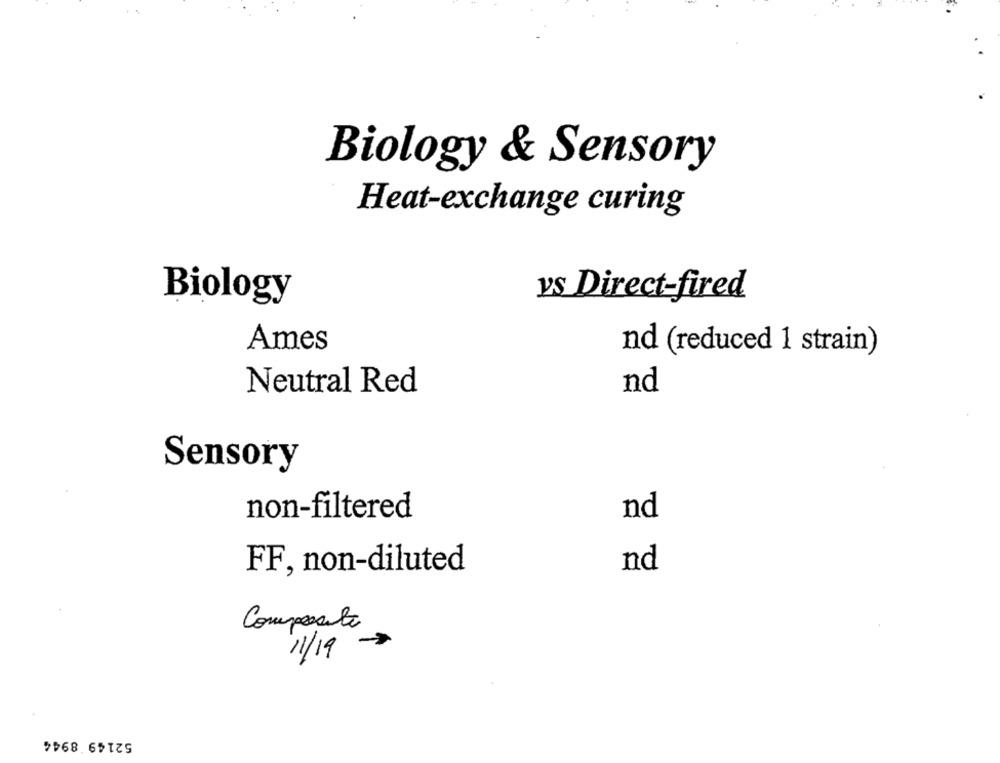
Biology & Sensory
Heat-exchange curing
vs Direct-fired
Biology
Ames
nd (reduced 1 strain)
Neutral Red
nd
Sensory
non-filtered
nd
FF, non-diluted
nd
Composite
11/19
52149 8944